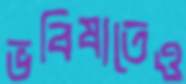
ভবিষ্যতেও